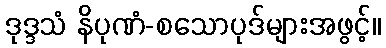
ဒုဒ္ဒသံ နိပုဏံ-စသောပုဒ်များအဖွင့်။